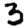
Digit: 3